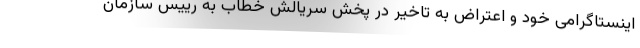
اینستاگرامی خود و اعتراض به تاخیر در پخش سریالش خطاب به رییس سازمان